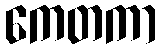
ကေတကာ